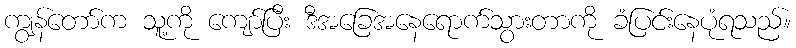
ကျွန်တော်က သူ့ကို ကျော်ပြီး ဒီအခြေအနေရောက်သွားတာကို ခံပြင်းနေပုံရသည်။